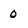
Character: 0